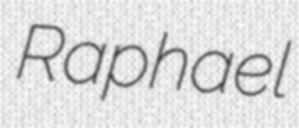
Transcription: Raphael